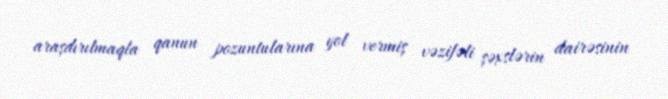
araşdırılmaqla qanun pozuntularına yol vermiş vəzifəli şəxslərin dairəsinin